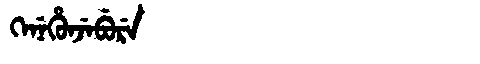
Manchu: ᡴᡝᠨᡝᡥᡠᠨᠵᡝᠪᡠᡵᡝ
Romanization: KENEHUNJEBURE